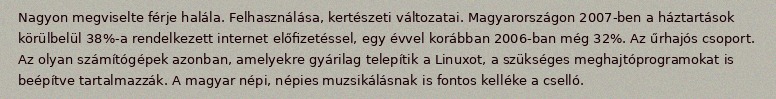
Nagyon megviselte férje halála. Felhasználása, kertészeti változatai. Magyarországon 2007-ben a háztartások körülbelül 38%-a rendelkezett internet előfizetéssel, egy évvel korábban 2006-ban még 32%. Az űrhajós csoport. Az olyan számítógépek azonban, amelyekre gyárilag telepítik a Linuxot, a szükséges meghajtóprogramokat is beépítve tartalmazzák. A magyar népi, népies muzsikálásnak is fontos kelléke a cselló.